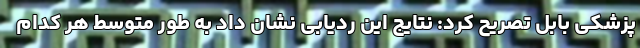
پزشکی بابل تصریح کرد: نتایج این ردیابی نشان داد به طور متوسط هر کدام